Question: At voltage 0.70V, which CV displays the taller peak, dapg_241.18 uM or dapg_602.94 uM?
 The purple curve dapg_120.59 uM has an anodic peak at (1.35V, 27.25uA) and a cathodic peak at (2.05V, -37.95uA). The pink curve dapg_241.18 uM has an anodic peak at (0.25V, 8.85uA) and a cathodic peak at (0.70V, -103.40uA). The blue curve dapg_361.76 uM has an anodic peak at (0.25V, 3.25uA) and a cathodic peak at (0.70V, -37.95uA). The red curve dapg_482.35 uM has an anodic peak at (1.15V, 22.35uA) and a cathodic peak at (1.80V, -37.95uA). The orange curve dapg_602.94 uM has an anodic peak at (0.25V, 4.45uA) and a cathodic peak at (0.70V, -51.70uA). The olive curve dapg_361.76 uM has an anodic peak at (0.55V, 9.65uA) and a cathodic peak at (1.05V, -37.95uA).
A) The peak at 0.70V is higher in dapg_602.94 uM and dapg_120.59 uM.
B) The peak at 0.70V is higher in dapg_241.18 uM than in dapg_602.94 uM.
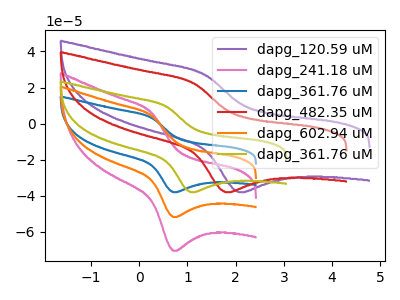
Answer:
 <answer>B) The peak at 0.70V is higher in "dapg_241.18 uM" than in "dapg_602.94 uM".</answer>
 <eval>B</eval>